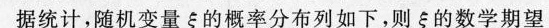
据统计，随机变量ξ的概率分布列如下，则ξ的数学期望